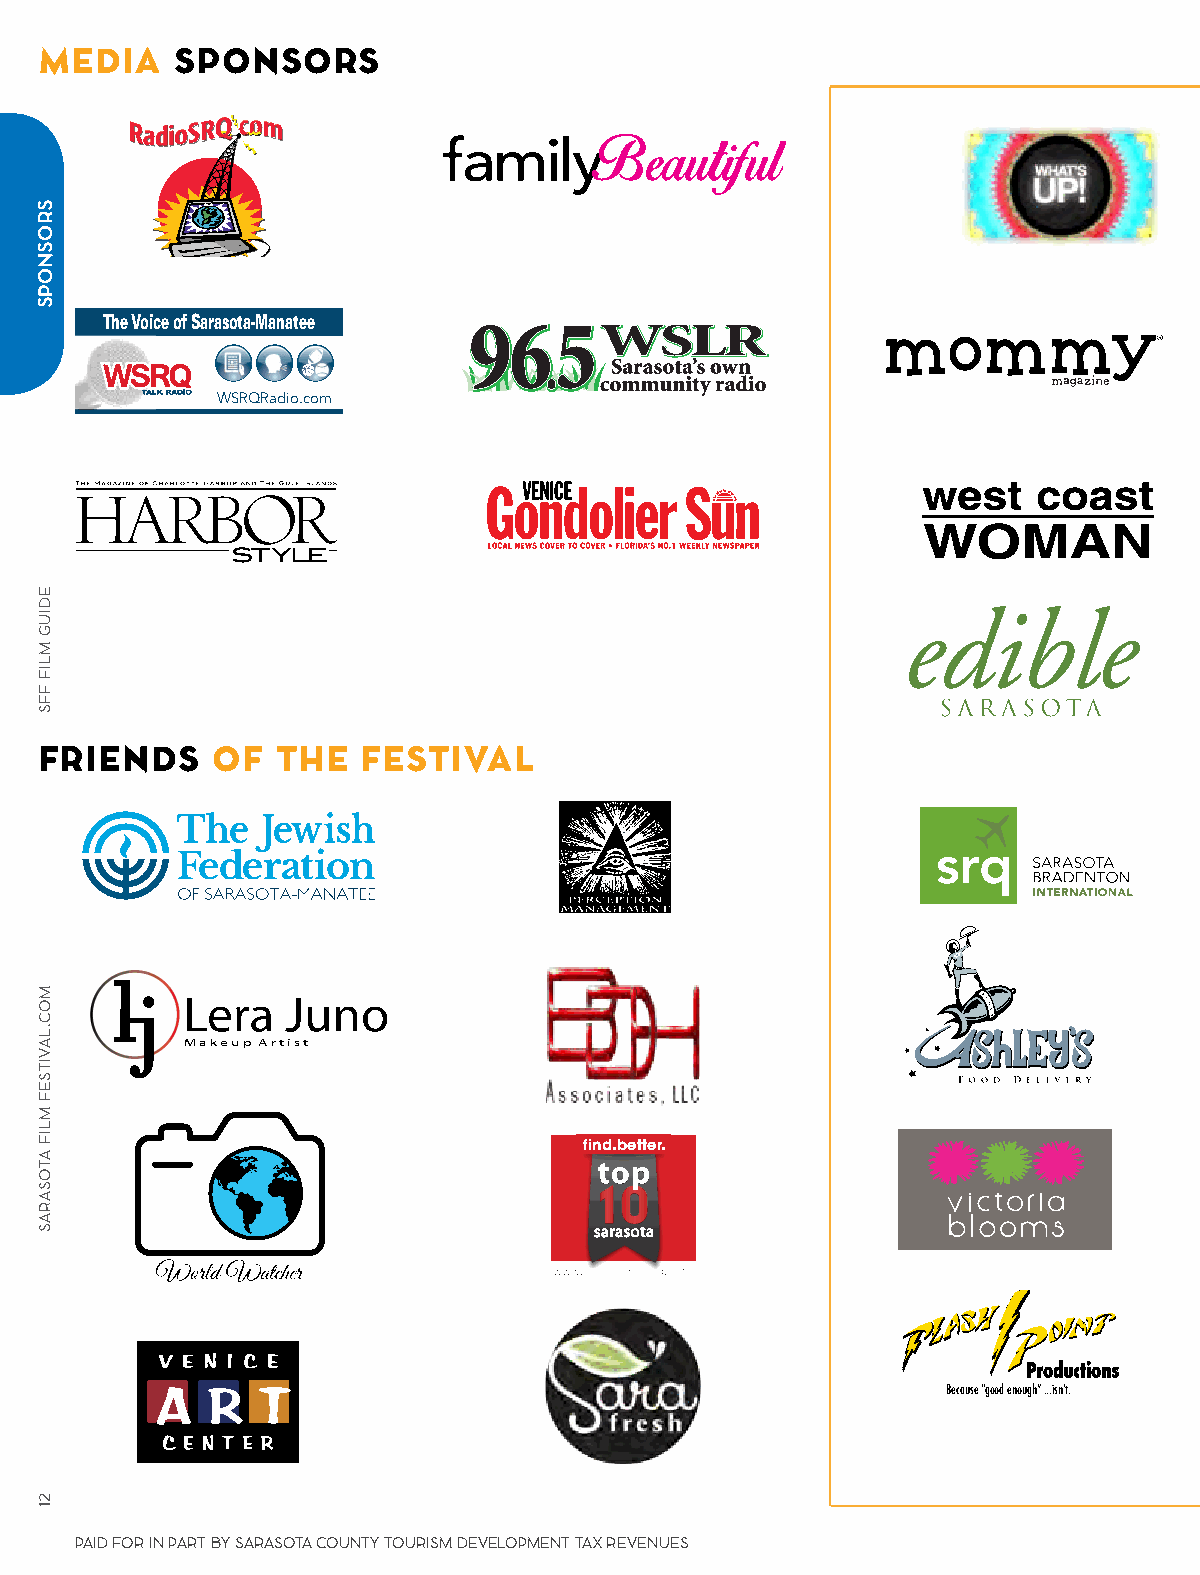
MEDIA    SPONSORS
 The Voice of Sarasota-Manatee
 WSRQRadio.com
 98.3 106.9 1220
 FM   FM   AM
 FRIENDS     OF  THE   FESTIVAL                                                                                           GRANTING    ORGANIZATIONS
 Lera   Juno
 M a k e u p A r t i s t
 find.better.
 Productions
 Because “good enough” ...isnʼt.
 PAID FOR IN PART BY SARASOTA COUNTY TOURISM DEVELOPMENT TAX REVENUES
 SROSNOPS
 EDIUG
 MLIF
 FFS
 MOC.LAVITSEF
 MLIF
 ATOSARAS
 21